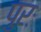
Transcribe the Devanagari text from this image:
पुरः